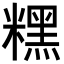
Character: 𥼯